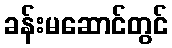
ခန်းမဆောင်တွင်